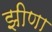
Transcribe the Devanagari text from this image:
झीणा